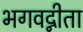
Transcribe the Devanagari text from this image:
भगवद्नीता